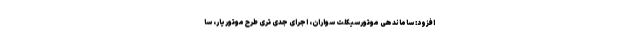
افزود: ساماندهی موتورسیکلت سواران، اجرای جدی تری طرح موتوریار، سا